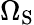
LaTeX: \Omega_{\mathrm{{S}}}